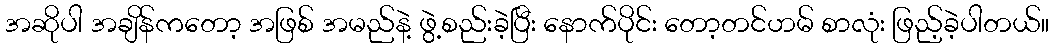
အဆိုပါ အချိန်ကတော့ အဖြစ် အမည်နဲ့ ဖွဲ့စည်းခဲ့ပြီး နောက်ပိုင်း တော့တင်ဟမ် စာလုံး ဖြည့်ခဲ့ပါတယ်။